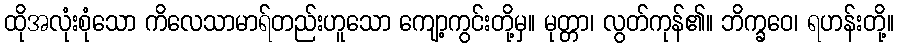
ထိုအလုံးစုံသော ကိလေသာမာရ်တည်းဟူသော ကျော့ကွင်းတို့မှ။ မုတ္တာ၊ လွတ်ကုန်၏။ ဘိက္ခဝေ၊ ရဟန်းတို့။